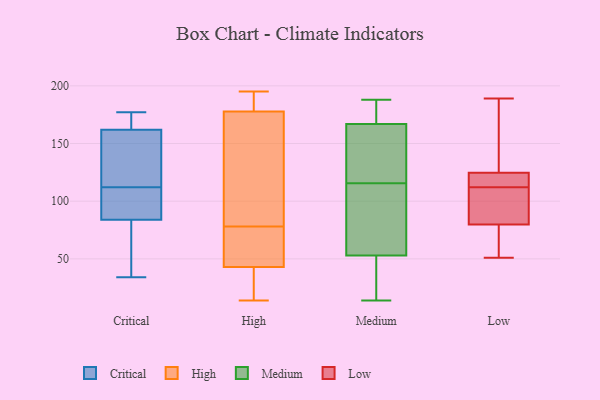
{"axis": {"x": "Website Visitors", "y": "Value"}, "legend": ["Critical", "High", "Low", "Medium"], "data": [{"x": "", "y": 127, "type": "Critical"}, {"x": "", "y": 177, "type": "Critical"}, {"x": "", "y": 87, "type": "Critical"}, {"x": "", "y": 54, "type": "Critical"}, {"x": "", "y": 84, "type": "Critical"}, {"x": "", "y": 34, "type": "Critical"}, {"x": "", "y": 42, "type": "Critical"}, {"x": "", "y": 172, "type": "Critical"}, {"x": "", "y": 141, "type": "Critical"}, {"x": "", "y": 177, "type": "Critical"}, {"x": "", "y": 159, "type": "Critical"}, {"x": "", "y": 84, "type": "Critical"}, {"x": "", "y": 97, "type": "Critical"}, {"x": "", "y": 162, "type": "Critical"}, {"x": "", "y": 195, "type": "High"}, {"x": "", "y": 34, "type": "High"}, {"x": "", "y": 89, "type": "High"}, {"x": "", "y": 14, "type": "High"}, {"x": "", "y": 65, "type": "High"}, {"x": "", "y": 177, "type": "High"}, {"x": "", "y": 180, "type": "High"}, {"x": "", "y": 78, "type": "High"}, {"x": "", "y": 70, "type": "High"}, {"x": "", "y": 32, "type": "High"}, {"x": "", "y": 108, "type": "High"}, {"x": "", "y": 46, "type": "High"}, {"x": "", "y": 188, "type": "High"}, {"x": "", "y": 14, "type": "Medium"}, {"x": "", "y": 187, "type": "Medium"}, {"x": "", "y": 167, "type": "Medium"}, {"x": "", "y": 149, "type": "Medium"}, {"x": "", "y": 102, "type": "Medium"}, {"x": "", "y": 40, "type": "Medium"}, {"x": "", "y": 136, "type": "Medium"}, {"x": "", "y": 73, "type": "Medium"}, {"x": "", "y": 60, "type": "Medium"}, {"x": "", "y": 49, "type": "Medium"}, {"x": "", "y": 188, "type": "Medium"}, {"x": "", "y": 53, "type": "Medium"}, {"x": "", "y": 129, "type": "Medium"}, {"x": "", "y": 185, "type": "Medium"}, {"x": "", "y": 175, "type": "Low"}, {"x": "", "y": 103, "type": "Low"}, {"x": "", "y": 60, "type": "Low"}, {"x": "", "y": 121, "type": "Low"}, {"x": "", "y": 74, "type": "Low"}, {"x": "", "y": 126, "type": "Low"}, {"x": "", "y": 97, "type": "Low"}, {"x": "", "y": 115, "type": "Low"}, {"x": "", "y": 112, "type": "Low"}, {"x": "", "y": 51, "type": "Low"}, {"x": "", "y": 189, "type": "Low"}]}